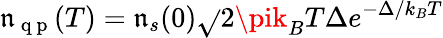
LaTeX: \mathfrak{n}_{\mathrm{{~q~p~}}}(T)=\mathfrak{n}_{s}(0)\sqrt{}{{2\pik_{B}T\Delta}}e^{-\Delta/k_{B}T}